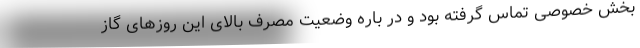
بخش خصوصی تماس گرفته بود و در باره وضعیت مصرف بالای این روزهای گاز